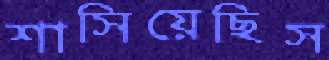
শাসিয়েছিস